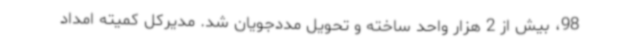
98، بیش از 2 هزار واحد ساخته و تحویل مددجویان شد. مدیرکل کمیته امداد